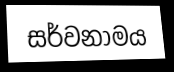
සර්වනාමය